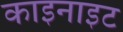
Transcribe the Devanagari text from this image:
काइनाइट